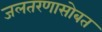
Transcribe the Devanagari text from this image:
जलतरणासोबत